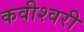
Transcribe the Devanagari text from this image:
कवीश्वरी